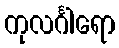
ကုလင်္ဂါရော